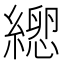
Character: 𦃕